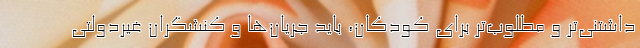
داشتني‌تر و مطلوب‌تر براي كودكان، بايد جريان‌ها و كنشگران غيردولتي